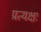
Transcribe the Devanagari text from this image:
प्रत्यक्षः